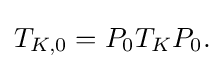
\displaystyle {T_{K,0}=P_{0}T_{K}P_{0}.}